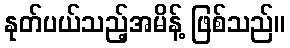
နုတ်ပယ်သည့်အမိန့် ဖြစ်သည်။